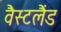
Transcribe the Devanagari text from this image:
वैस्टलैंड